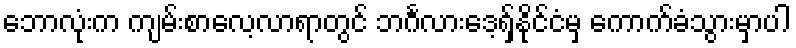
ဘောလုံးက ကျမ်းစာလေ့လာရာတွင် ဘင်္ဂလားဒေ့ရှ်နိုင်ငံမှ ကောက်ခံသွားမှာပါ